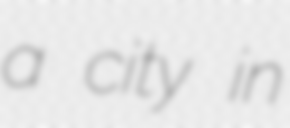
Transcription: a city in